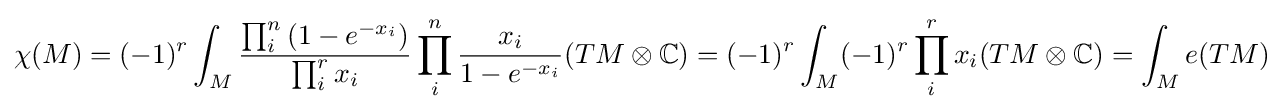
\chi (M)=(-1)^{r}\int _{M}{\frac {\prod _{i}^{n}\left(1-e^{-x_{i}}\right)}{\prod _{i}^{r}x_{i}}}\prod _{i}^{n}{\frac {x_{i}}{1-e^{-x_{i}}}}(TM\otimes \mathbb {C} )=(-1)^{r}\int _{M}(-1)^{r}\prod _{i}^{r}x_{i}(TM\otimes \mathbb {C} )=\int _{M}e(TM)